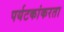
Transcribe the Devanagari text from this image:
पर्यटकांकरता